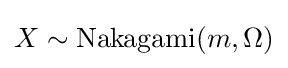
X\sim \mathrm {Nakagami} (m,\Omega )